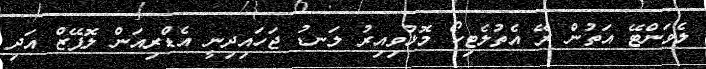
ލެވަންޓޭ އަތުން ރޭ އެތުލެޓިކޯ މޮޅުވިއިރު ލަނޑު ޖަހައިދިނީ އެޑްރިއަން ލޮޕޭޒް އަދި